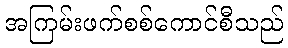
အကြမ်းဖက်စစ်ကောင်စီသည်